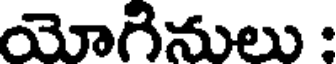
యోగినులు :